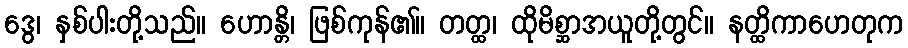
ဒွေ၊ နှစ်ပါးတို့သည်။ ဟောန္တိ၊ ဖြစ်ကုန်၏။ တတ္ထ၊ ထိုမိစ္ဆာအယူတို့တွင်။ နတ္ထိကာဟေတုက